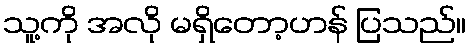
သူ့ကို အလို မရှိတော့ဟန် ပြသည်။